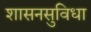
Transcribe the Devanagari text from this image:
शासनसुविधा